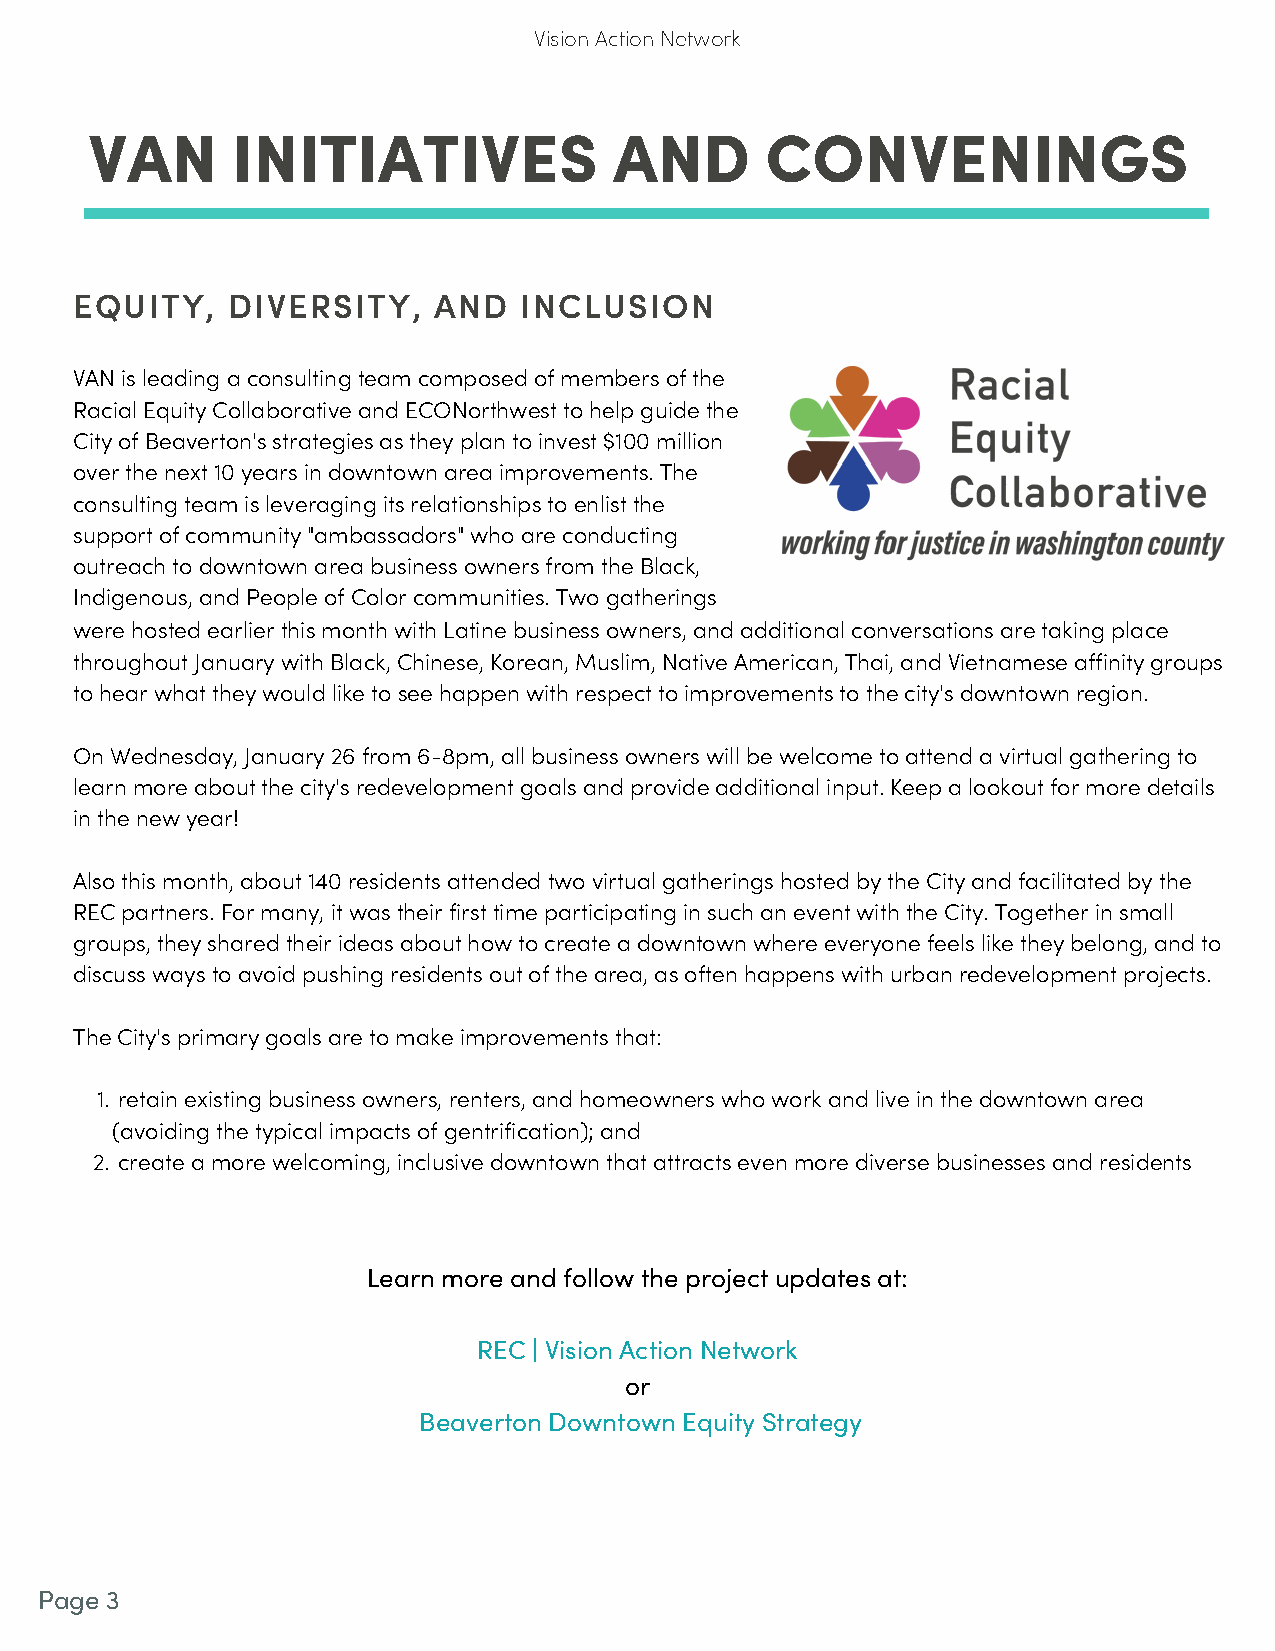
Vision Action Network
 VAN      INITIATIVES               AND       CONVENINGS
 EQUITY,   DIVERSITY,    AND  INCLUSION
 VAN is leading a consulting team composed of members of the
 Racial Equity Collaborative and ECONorthwest to help guide the
 City of Beaverton's strategies as they plan to invest $100 million
 over the next 10 years in downtown area improvements. The
 consulting team is leveraging its relationships to enlist the
 support of community "ambassadors" who are conducting
 outreach to downtown area business owners from the Black,
 Indigenous, and People of Color communities. Two gatherings
 were hosted earlier this month with Latine business owners, and additional conversations are taking place
 throughout January with Black, Chinese, Korean, Muslim, Native American, Thai, and Vietnamese affinity groups
 to hear what they would like to see happen with respect to improvements to the city's downtown region.
 On Wednesday, January 26 from 6-8pm, all business owners will be welcome to attend a virtual gathering to
 learn more about the city's redevelopment goals and provide additional input. Keep a lookout for more details
 in the new year!
 Also this month, about 140 residents attended two virtual gatherings hosted by the City and facilitated by the
 REC partners. For many, it was their first time participating in such an event with the City. Together in small
 groups, they shared their ideas about how to create a downtown where everyone feels like they belong, and to
 discuss ways to avoid pushing residents out of the area, as often happens with urban redevelopment projects.
 The City's primary goals are to make improvements that:
 1. retain existing business owners, renters, and homeowners who work and live in the downtown area
 (avoiding the typical impacts of gentrification); and
 2. create a more welcoming, inclusive downtown that attracts even more diverse businesses and residents
 Learn more and follow the project updates at:
 REC | Vision Action Network
 or
 Beaverton Downtown Equity Strategy
 Page 3